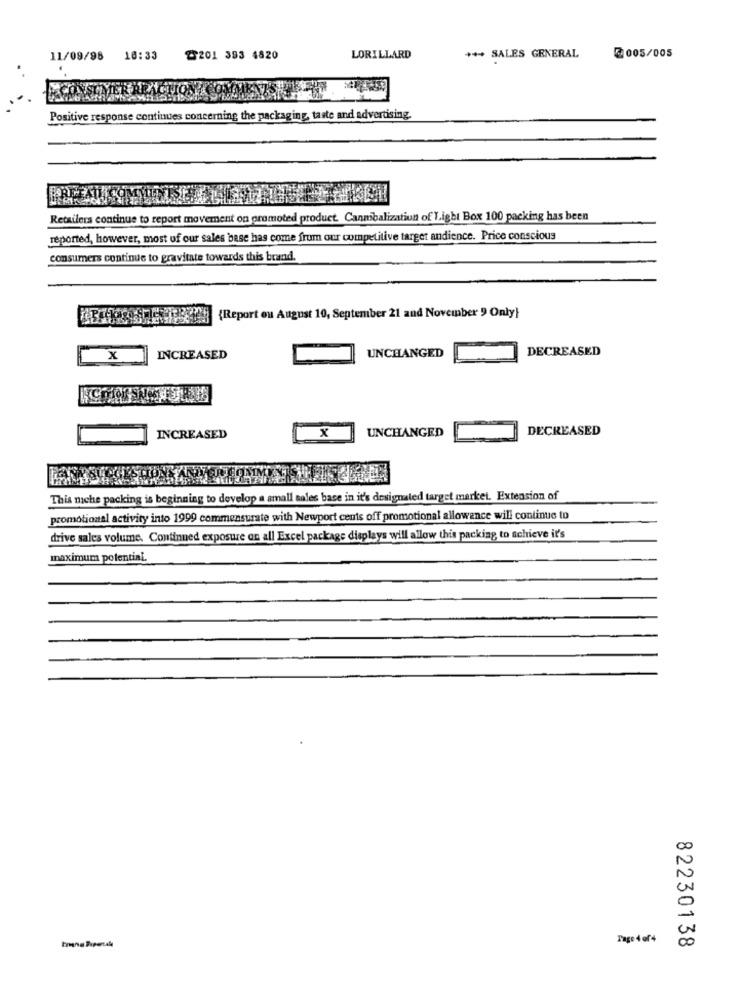
11/09/98
10:33
₾201 393 4820
LORILLARD
+ ** SALES GENERAL
2005/005
Positive response continues concerning the packaging, taste and advertising.
FREEAT
Retailers continue to report movement on promoted product. Canmbalization of Light Box 100 packing has been
reported, however, most of our sales base has come from our competitive target audience. Price conscious
consumers continue to gravitate towards this brand.
{Report on August 10, September 21 and November 9 Only}
DECREASED
x
INCREASED
UNCHANGED
x
DECREASED
INCREASED
UNCHANGED
This miche packing is beginning to develop a small sales base in it's designated target market. Extension of
promotional activity into 1999 commensurate with Newport cents off promotional allowance will continue to
drive sales volume, Continued exposure on all Excel package displays will allow this packing to achieve it's
maximum potential.
00
5
Tage 4 of4
82230138